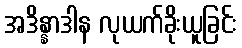
အဒိန္နာဒါန လုယက်ခိုးယူခြင်း